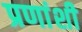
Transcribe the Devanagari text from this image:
प्रणांशी